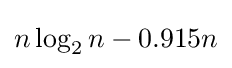
n\log _{2}n-0.915n